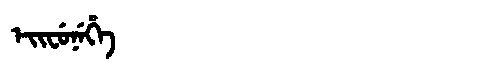
Manchu: ᡝᡳᠸᡠᠨᡝᡥᡝ
Romanization: EIFUNEHE